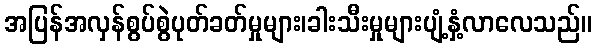
အပြန်အလှန်စွပ်စွဲပုတ်ခတ်မှုများ၊ခါးသီးမှုများပျံ့နှံ့လာလေသည်။